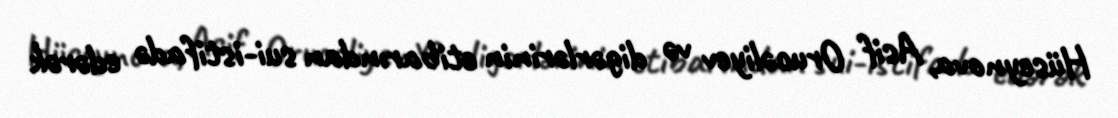
Hüseynova, Asif Orucəliyev və digərlərinin etibarından sui-istifadə edərək